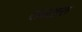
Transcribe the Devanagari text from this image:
ऊंखरु